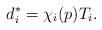
LaTeX: \begin{align*}d_i^*=\chi_i(p)T_i.\end{align*}